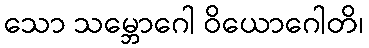
သော သမ္ဘောဂေါ ဝိယောဂေါတိ၊